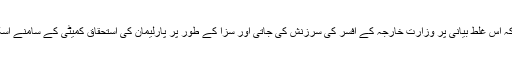
ہونا تو یہ چاہیے تھا، کہ اس غلط بیانی پر وزارت خارجہ کے افسر کی سرزنش کی جاتی اور سزا کے طور پر پارلیمان کی استحقاق کمیٹی کے سامنے اسکی پیشی کروائی جاتی۔